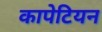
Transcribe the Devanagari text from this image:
कापेटियन